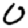
Digit: 0